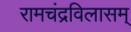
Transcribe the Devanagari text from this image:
रामचंद्रविलासम्